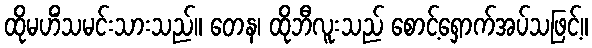
ထိုမဟိံသမင်းသားသည်။ တေန၊ ထိုဘီလူးသည် စောင့်ရှောက်အပ်သဖြင့်။